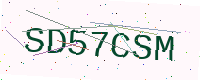
Text: SD57CSM